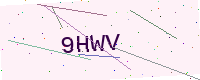
Text: 9HWV